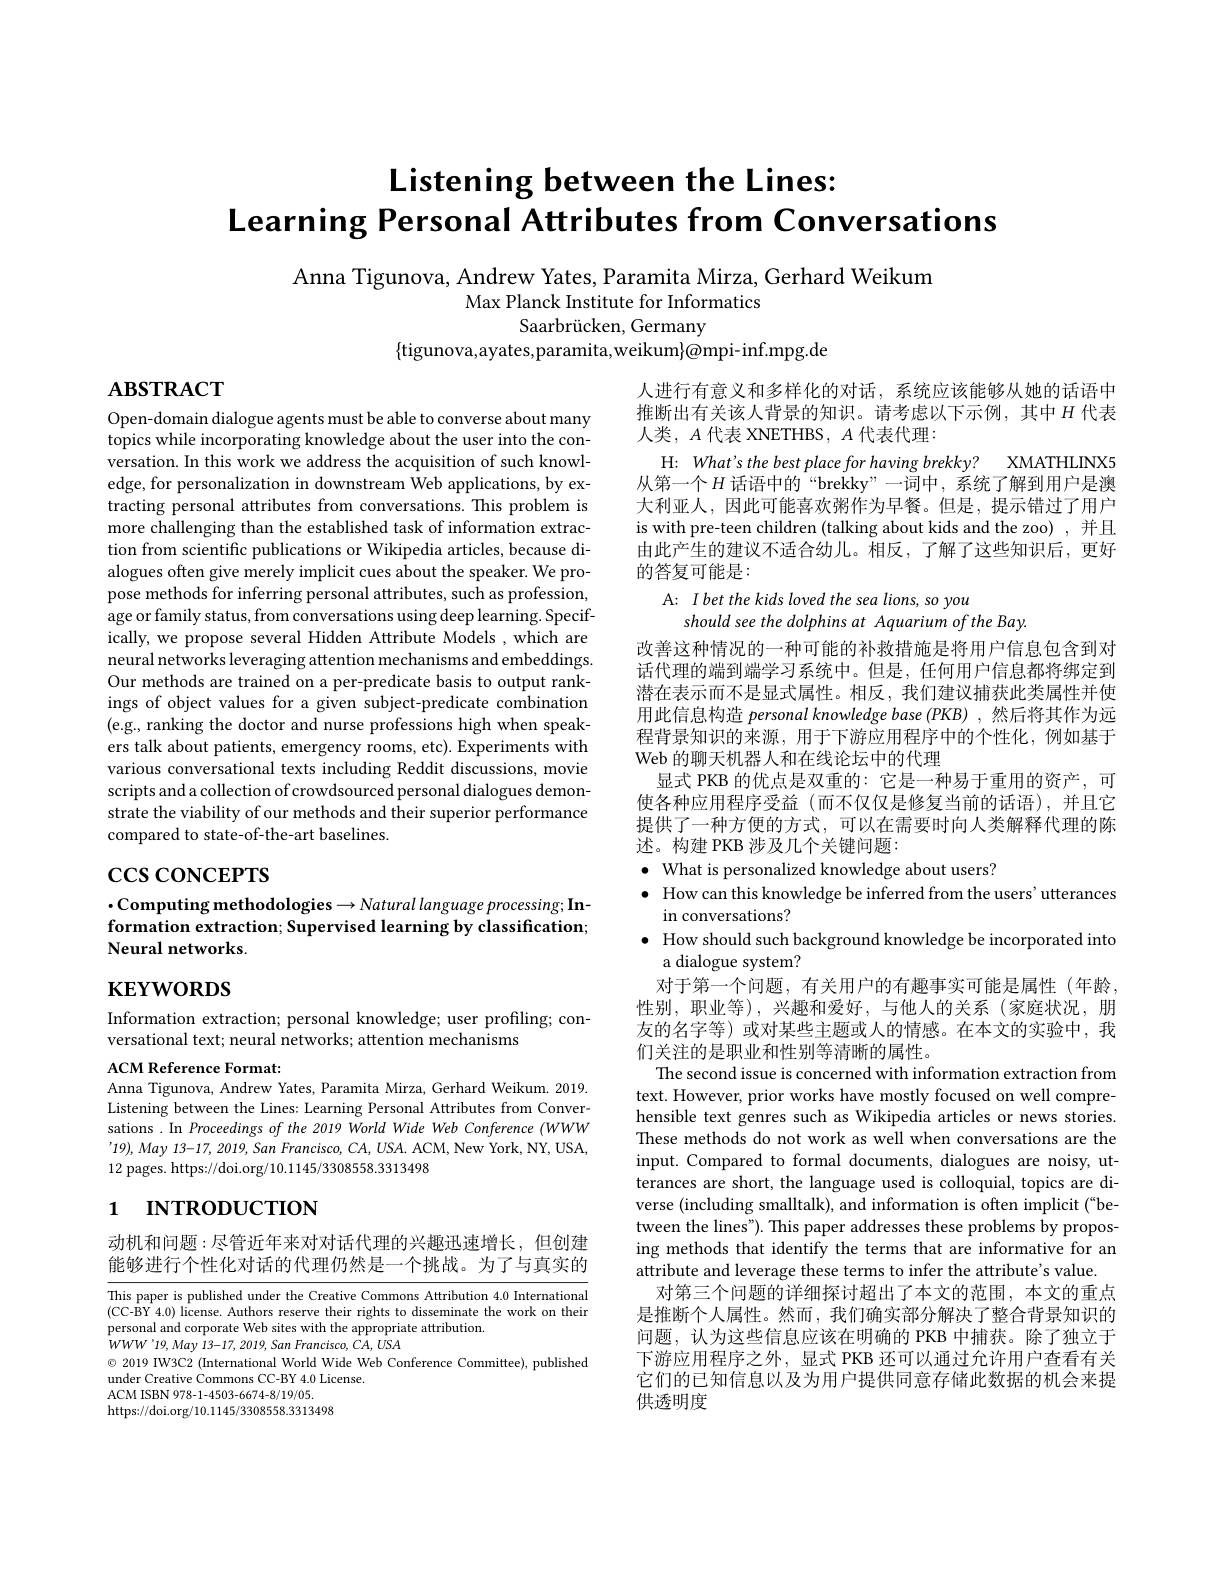
# Listening between the Lines: $\textbf{Learning Personal Attributes from Conversations}$

Anna Tigunova, Andrew Yates, Paramita Mirza, Gerhard Weikum
Max Planck Institute for Informatics

Saarbrücken, Germany

$\{$tigunova,ayates,paramita,weikum$\}@$mpi-inf.mpg.de

# $\mathbf{ABSTRACT}$

Open-domain dialogue agents must be able to converse about many topics while incorporating knowledge about the user into the conversation. In this work we address the acquisition of such knowledge, for personalization in downstream Web applications, by extracting personal attributes from conversations. This problem is more challenging than the established task of information extraction from scientific publications or Wikipedia articles, because dialogues often give merely implicit cues about the speaker. We propose methods for inferring personal attributes, such as profession, age or family status, from conversations using deep learning. Specifically, we propose several Hidden Attribute Models , which are neural networks leveraging attention mechanisms and embeddings. Our methods are trained on a per-predicate basis to output rankings of object values for a given subject-predicate combination (e.g., ranking the doctor and nurse professions high when speakers talk about patients, emergency rooms, etc). Experiments with various conversational texts including Reddit discussions, movie scripts and a collection of crowdsourced personal dialogues demonstrate the viability of our methods and their superior performance compared to state-of-the-art baselines.

# $\csc\csc$coNCEPTS

人进行有意义和多样化的对话，系统应该能够从她的话语中推断出有关该人背景的知识。请考虑以下示例，其中$H$ 代表人类，$A$代表 XNETHBS, $A$代表代理：
H: What's the best place for having brekky? XMATHLNXS 从第一个$H$ 话语中的“brekky”一词中，系统了解到用户是澳大利亚人，因此可能喜欢粥作为早餐。但是，提示错过了用户is with pre-teen children (talking about kids and the zoo) ,并且由此产生的建议不适合幼儿。相反，了解了这些知识后，更好的答复可能是：
A: I bet the kids loved the sea lions, so you
should see the dolphins at Aquarium of the Bay.
改善这种情况的一种可能的补救措施是将用户信息包含到对话代理的端到端学习系统中。但是，任何用户信息都将绑定到潜在表示而不是显式属性。相反，我们建议捕获此类属性并使用此信息构造personal knowledge base (PKB) ,然后将其作为远程背景知识的来源，用于下游应用程序中的个性化，例如基于Web 的聊天机器人和在线论坛中的代理
显式 PKB 的优点是双重的：它是一种易于重用的资产，可使各种应用程序受益(而不仅仅是修复当前的话语),并且它提供了一种方便的方式，可以在需要时向人类解释代理的陈述。构建 PKB 涉及几个关键问题：
$\bullet$ What is personalized knowledge about users?
$\bullet$ How can this knowledge be inferred from the users' utterances
in conversations?
$\bullet$ How should such background knowledge be incorporated into
a dialogue system?
对于第一个问题，有关用户的有趣事实可能是属性(年龄性别，职业等),兴趣和爱好，与他人的关系(家庭状况，朋友的名字等) 或对某些主题或人的情感。在本文的实验中，我们关注的是职业和性别等清晰的属性。
The second issue is concerned with information extraction from text. However, prior works have mostly focused on well comprehensible text genres such as Wikipedia articles or news stories. These methods do not work as well when conversations are the input. Compared to formal documents, dialogues are noisy, utterances are short, the language used is colloquial, topics are diverse (including smalltalk), and information is often implicit (“between the lines"). This paper addresses these problems by proposing methods that identify the terms that are informative for an attribute and leverage these terms to infer the attribute's value.
对第三个问题的详细探讨超出了本文的范围，本文的重点是推断个人属性。然而，我们确实部分解决了整合背景知识的问题，认为这些信息应该在明确的 PKB 中捕获。除了独立于下游应用程序之外，显式 PKB 还可以通过允许用户查看有关它们的已知信息以及为用户提供同意存储此数据的机会来提供透明度

$\cdot$Computing methodologies$\to Natural$ language processing; Information extraction; Supervised learning by classification; Neural networks.

# $\mathbf{KEYWORDS}$

Information extraction; personal knowledge; user profiling; con-
versational text; neural networks; attention mechanisms

ACM Reference Format:
Anna Tigunova, Andrew Yates, Paramita Mirza, Gerhard Weikum. 2019. Listening between the Lines: Learning Personal Attributes from Conversations . In Proceedings of the 2019 World Wide Web Conference (WWW '19), May 13-17, 2019, San Francisco, CA, USA. ACM, New York, NY, USA, 12 pages. https://doi.org/10.1145/3308558.3313498

# 1 INTRODUCTION

动机和问题：尽管近年来对对话代理的兴趣迅速增长，但创建能够进行个性化对话的代理仍然是一个挑战。为了与真实的

This paper is published under the Creative Commons Attribution 4.0 International (CC-BY 4.0) license. Authors reserve their rights to disseminate the work on their personal and corporate Web sites with the appropriate attribution.
$WWW^{\prime}19,May13-17,2019,SanFrancisco,CA,USA$
$\odot$ 2019 IW3C2 (International World Wide Web Conference Committee), published
under Creative Commons CC-BY 4.0 License.
ACM ISBN 978- 1- 4503- 6674- 8/ 19/ 05.
https://doi.org/10.1145/3308558.3313498